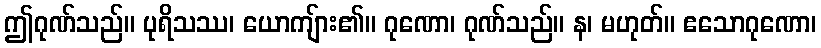
ဤဂုဏ်သည်။ ပုရိသဿ၊ ယောကျ်ား၏။ ဂုဏော၊ ဂုဏ်သည်။ န၊ မဟုတ်။ ဧသောဂုဏော၊